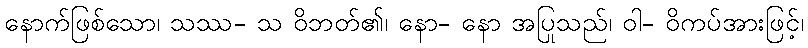
နောက်ဖြစ်သော၊ သဿ- သ ဝိဘတ်၏၊ နော- နော အပြုသည်၊ ဝါ- ဝိကပ်အားဖြင့်၊